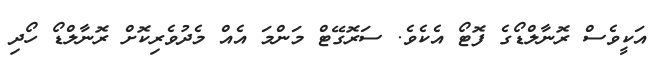
އަކީވެސް ރޮނާލްޑޯގެ ފޮޓޯ އެކެވެ. ސަރޮގޭޓް މަންމަ އެއް މެދުވެރިކޮށް ރޮނާލްޑޯ ހޯދި